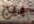
بيج